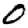
Digit: 0